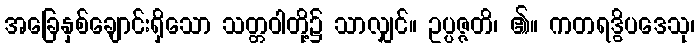
အခြေနှစ်ချောင်းရှိသော သတ္တဝါတို့၌ သာလျှင်။ ဥပ္ပဇ္ဇတိ၊ ၏။ ကတရဒွိပဒေသု၊